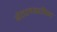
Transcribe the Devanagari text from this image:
बेतलबतीम